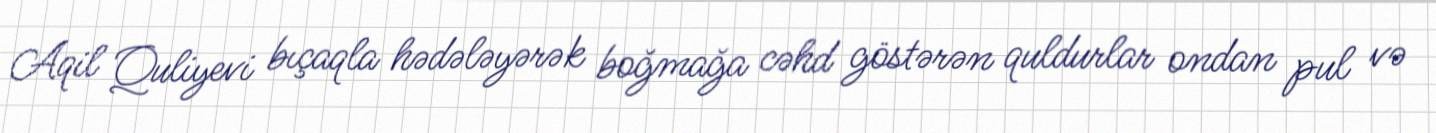
Aqil Quliyevi bıçaqla hədələyərək boğmağa cəhd göstərən quldurlar ondan pul və